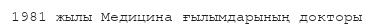
1981 жылы Медицина ғылымдарының докторы